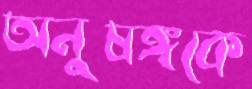
অনুষঙ্গকে